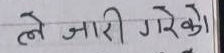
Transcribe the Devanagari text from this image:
ले जारी गरेको